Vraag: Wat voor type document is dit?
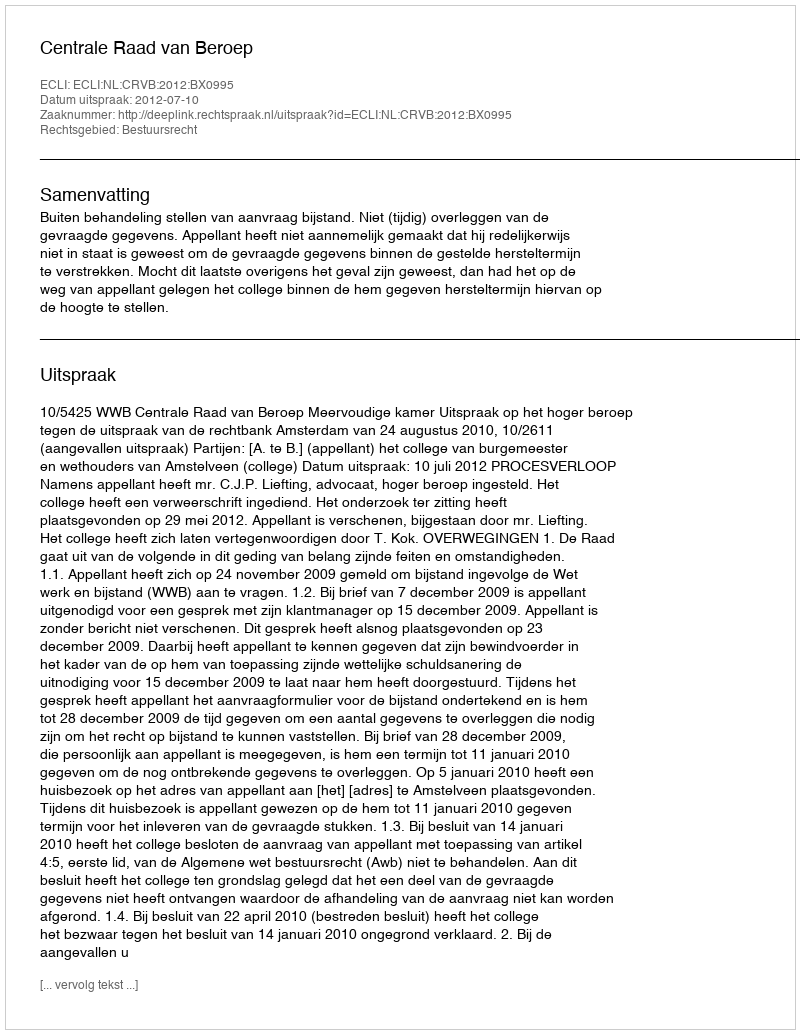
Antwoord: Uitspraak